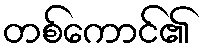
တစ်ကောင်၏